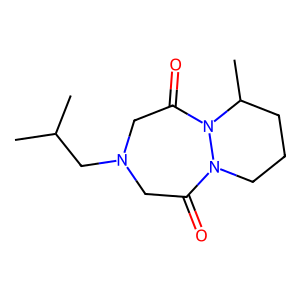
SMILES: CC(C)CN1CC(=O)N2CCCC(C)N2C(=O)C1
Inhibits HIV replication: No